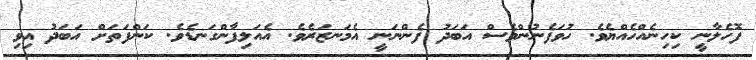
ފޮހެލާނީ ކިހިނެއްހެއްޔެވެ. ހުވަފެނުންވެސް އަބަދު ފެންނަނީ އެމަނޒަރެވެ. އެއަލިފާންގަނޑެވެ. ކަންފަތަށް އަބަދު އިވި